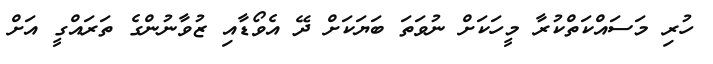
ހުރި މަސައްކަތްކުރާ މީހަކަށް ނުވަތަ ބަޔަކަށް ދޭ އެވޯޑާއި ޒުވާނުންގެ ތަރައްގީ އަށް